Annual report of the Civil Veterinary Department, Bengal, for the year 1897-98 - 1897-1898
Year: 1897
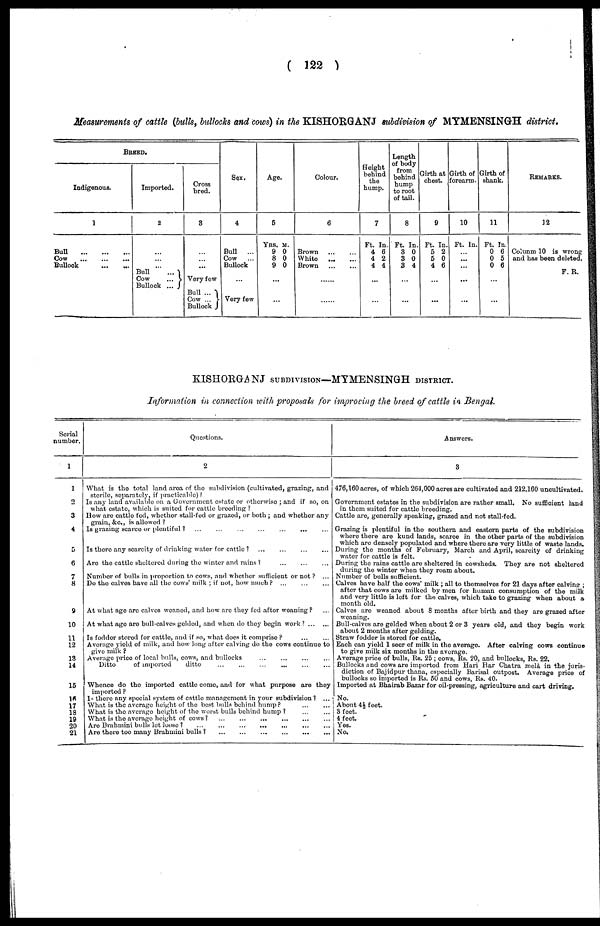
(122)
Measurements of cattle (bulls, bullocks and cows) in the KISHORGANJ subdivision of MYMENSINGH district.
BREED.
Indigenous.
1
Bull
...
...
...
Cow
...
...
...
Bullock ... ...
Imported.
2
...
...
... Bull
...
Cow
...
Bullock ...
Cross
bred.
8
...
...
...
Very few
Bull ...
Cow ...
Bullock
Sex.
4
Bull
...
Cow ...
Bullock
...
Very few
Age.
5
YRS. M.
9 0
8 0
9 0
......
...
Colour.
6
Brown ... ...
White
...
...
Brown
...
...
......
...
Fieight
behind
the
hump.
7
Ft. In.
4 6
4 2
4 4
...
...
Length
of body
from
behind
hump
to root
of tail.
8
Ft. In.
8 0
8 0
3 4
...
...
Cirth at
chest.
9
Ft. In.
5 2
5 0
4 6
...
...
Girth of
forearm.
10
Ft. In.
... ...
...
...
...
Girth of
shank.
11
Ft. In
0 6
0 5
0 6
...
...
REMARKS.
12
Colunm 10 is wrong
and has been deleted.
F. R.
KISHORGANJ SUBDIVISION—MYMENSINGH DISTRICT.
Information in connection with proposals for improving the breed of cattle in Bengal.
Serial
number.
1
1
2
3
4
5
6
7
8
9
10
11
12
13
14
15
16
17
18
19
20
21
Questions.
2
What is the total land area of the subdivision (cultivated, grazing, and
sterile, separately, if practicable)
Is any land available on a Government estate or otherwise; and if so, on
what estate, which is suited for cattle breeding
How are cattle fod, whether stall-fed or grazed, or both; and whether any
grain, &c., is allowed?
Is grazing scarce of plentiful? ... ... ... ... ... ...
Is there any scarcity of drinking water for cattle? ... ... ... ...
Are the cattle sheltered during the winter and rains? ... ... ...
Number of bulls in proportion to cows, and whether sufficient or not? ...
Do the calves have all the cows' milk; if not, how much? ... ... ...
At what age are calves weaned, and how are they fed after weaning?
At what age are bull calves gelded, and when do they begin
work? ...
Is foddor storod for cattle, and if so, what does it comprise? ... ...
Average yield of milk, and how long after calving do the cows continue to
give milk?
Average price of local balls, cows, and bullocks ... ... ...
Ditto
of imported
ditto ... ... ... ...
Whence do the imported cattle come, and for what purpose are they
imported?
I there any special system of cattle management in your subdivision? ...
What is the average height of the best bulls behind hump? ... ...
What is the average height of the worst balls behind hump? ... ...
What is the average height of cows? ... ... ... ... ... ...
Are Brahmini bulls let loose? ... ... ... ... ... ...
Are there too many Brahunuini bulls? ... ... ... ... ... ...
Answers.
3
476,160 acres, of which 264,000 acres are cultivated and 212.160 uncultivated.
Government estates in the subdivision are rather small. No sufficient land
in them suited for cattle breeding.
Cattle are, generally speaking, grazed and not stall-fed.
Grazing is plentiful in the southern and oastorn parts of the subdivision
where there are kund lands, scarce in the other parts of the subdivision
which are densely populated and where there are very little of waste lands.
During the months of February, March and April, scarcity of drinking
water for cattle is felt.
During the rains cattle are sheltered in cowsheds. They are not sheltered
during the winter when they roam about.
Number of bulls sufficient.
Calves have half the cows' milk; all to themselves for 21 days after colving;
after that cows are milked by men for human consumption of the milk
and very little is left for the calves, which take to grazing when about a
month old.
Calves are weaned about 8 months after birth and they are grazed after
weaning.
Bull-calves are gelded when about 2 or 3 years old, and they begin work
about 2 months after gelding.
Straw fodder is stored for cattle.
Each can yield 1 seor of milk in the average. After calving cows continue
to give milk six months in the average.
Average price of bulls, Rs. 25; cows, Rs. 20, and bullocks, Rs. 22.
Bullocks and cows are imported from Han Har Chatra mela in the juris-
diction of Bajidpur thana, especially Barisal outpost. Average price of
bullocks so imported is Its. 50 and cows, Rs. 40.
Imported at Bhairab Bazar for oil-pressing, agriculture and cart driving.
No.
About 4½ foet.
3 feet.
4 fcot.
Yos.
No.